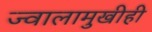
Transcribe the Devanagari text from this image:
ज्वालामुखीही